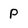
Character: P